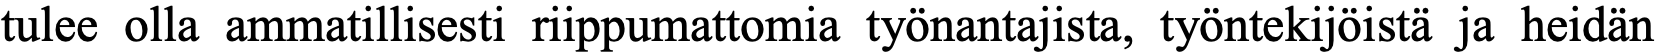
tulee olla ammatillisesti riippumattomia työnantajista, työntekijöistä ja heidän